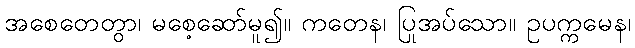
အစေတေတွာ၊ မစေ့ဆော်မူ၍။ ကတေန၊ ပြုအပ်သော။ ဥပက္ကမေန၊